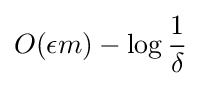
O(\epsilon m)-\log {\frac {1}{\delta }}